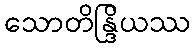
သောတိန္ဒြိယဿ